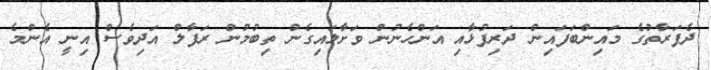
ދެފަރާތުގެ މައިންބަފައިން ދަރިފުޅާއި އަންހެނުން ވަށާލައިގެން ތިބުމުން ރަފާލް އަދިވެސް އިނީ އެންމެ